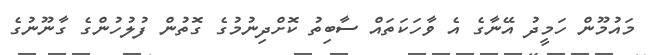
މައުމޫން ހަމީދު އޭނާގެ އެ ވާހަކަތައް ސާބިތު ކޮށްދިނުމުގެ ގޮތުން ފުލުހުންގެ ގާނޫނުގެ